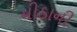
મીઠાની